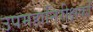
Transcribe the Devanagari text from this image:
उपमहानिरीक्षकों